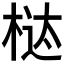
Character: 𰗱